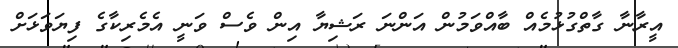
އީރާނާ ގާތްގުޅުމެއް ބާއްވަމުން އަންނަ ރަޝިޔާ އިން ވެސް ވަނީ އެމެރިކާގެ ފިޔަވަޅަށް